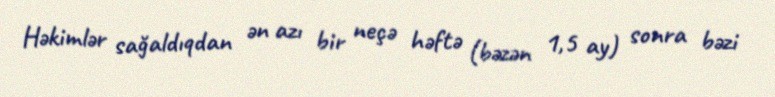
Həkimlər sağaldıqdan ən azı bir neçə həftə (bəzən 1,5 ay) sonra bəzi